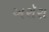
અરૉરા